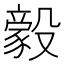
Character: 𬆲